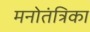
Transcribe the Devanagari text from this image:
मनोतंत्रिका